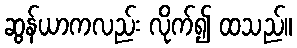
ဆွန်ယာကလည်း လိုက်၍ ထသည်။